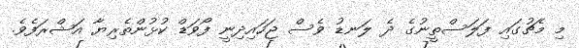
މި މެޗުގައި ފަލަސްތީނުގެ ދެ ލަނޑު ވެސް ޖަހައިދިނީ ފޯވަޑް ކުޅުންތެރިޔާ އަޝްރަފެވެ.